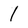
Character: 1